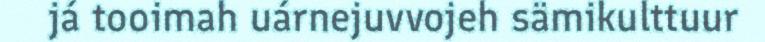
já tooimah uárnejuvvojeh sämikulttuur